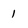
Character: 1